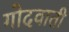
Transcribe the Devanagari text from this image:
गोदवाती